Vaccination returns of the Province of Eastern Bengal and Assam - 1905-1912
Year: 1905
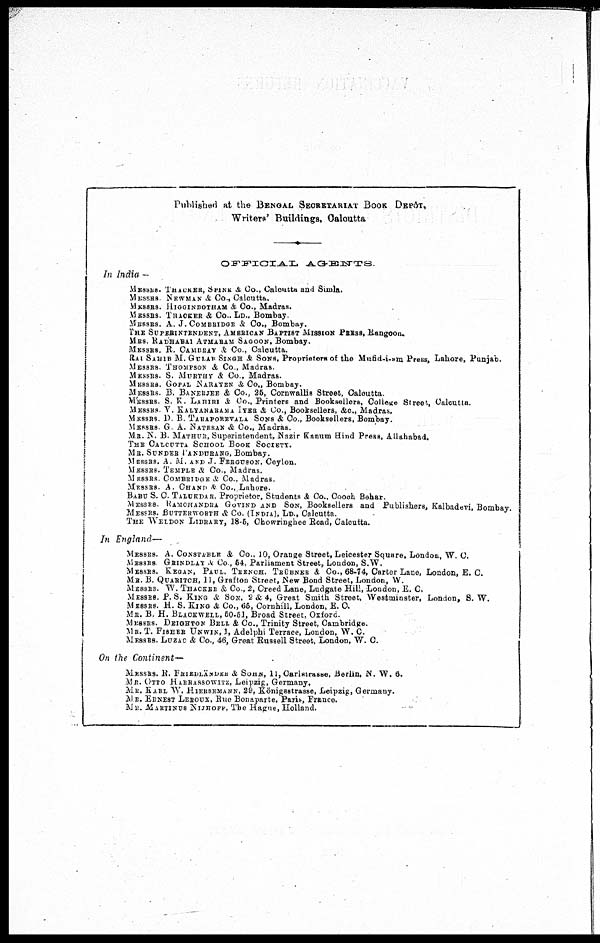
Published at the BENGAL SECRETARIAT BOOK DEPÔT,
Writers' Buildings, Calcutta
OFFICIAL
AGENTS.
In India —
MESSRS. THACKER, SPINK & Co., Calcutta and Simla.
MESSRS NEWMAN & Co., Calcutta.
MESSRS. HIGGINBOTHAM & Co., Madras.
MESSRS. THACKER & Co., LD., Bombay.
MESSRS. A. J. COMBRIDGE & Co., Bombay.
THE SUPERINTENDENT, AMERICAN BAPTIST MISSION PRESS, Rangoon.
MRS RADHABAI ATMARAM SAGOON, Bombay.
MESSRS. R. CAMBRAY & Co., Calcutta.
RAI SAHIB M. GULAB SINGH & SONS, Proprietors of the Mufid-i sm Press, Lahore, Punjab.
MESSRS. THOMPSON & Co , Madras.
MESSRS. S. MURTHY & Co., Madras.
MESSRS. GOPAL NARAYEN & Co., Bombay.
MESSRS. B. BANERJEE & Co., 25, Cornwallis Street, Calcutta.
MESSRS. S. K. LAHIRI & Co., Printers and Booksellers, College Street, Calcutta.
MESSRS V. KALYANARAMA IYER & Co., Booksellers, &c., Madras.
MESSRS. D. B. TARAPOREYALA SONS & Co., Booksellers, Bombay.
MESSRS G. A. NATESAN & Co., Madras.
MR. N. B. MATHUR, Superintendent, Nazir Kanum H nd Press, Allahabad.
THE CALCUTTA SCHOOL BOOK SOCIETY.
MR. SUNDER PANDURANG, Bombay.
MESSRS. A. M. AND J. FERGUSON, Ceylon.
MESSRS. TEMPLE & Co., Madras.
MESSRS. COMBRIDGE & Co., Madras.
MESSRS. A. CHAND & Co., Lahore.
BABU S. C. TALUKDAR. Proprietor, Students & Co., Cooch Behar.
MESSRS. RAMCHANDRA GOVIND AND SON, Booksellers and Publishers, Kalbadevi, Bombay
MESSRS. BUTTERWORTH & Co. (INDIA), LD., Calcutta.
THE WELDON LIBRARY, 18-6, Chowringhee Road, Calcutta.
In England—
MESSRS. A. CONSTABLE & Co., 10, Orange Street, Leicester Square, London, W. C.
MESSRS GRINDLAY & Co., 54, Parliament Street, London, S.W.
MESSRS. KEGAN, PAUL. TRENCH, TRÜBNER & Co., 68-74, Carter Lane, London, E. C.
MR. B. QUARITCH, 11, Grafton Street, New Bond Street, London, W.
MESSRS. TV. THACKER & Co., 2, Creed Lane, Ludgate Hill, London, E C.
MESSRS. P. S. KING & SON, 2 & 4, Great Smith Street, Westminster, London, S. W.
MESSRS. H. S. KING & Co., 65, Cornhill, London, E. C.
MR. B. H. BLACKWELL, 50-51, Broad Street, Oxford.
MESSRS. DEIGHTON BELL & Co., Trinity Street, Cambridge.
MR. T. FISHER UNWIN, 1, Adelphi Terrace, London, W. C.
MESSRS. LUZAC & Co., 46, Great Russell Street, London, W. C.
On the Continent—
MESSRS. R. FRIDLÄNDER & SOHN, 11,Oarlstrasse, Berlin, N. TV. 6.
MR. OTTO HARRASSOWITZ, Leipzig, Germany.
MR. KARL W. HIERSEMANK, 29, Königsstrasse, Leipzig, Germany.
MR. ERNEST LEROUX, Rue Bonaparte, Paris, France.
MR. MARTINUS NIJHOFF, The Hague, Holland.